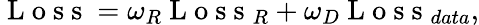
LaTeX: \mathrm{~L~o~s~s~}=\omega_{R}\mathrm{~L~o~s~s~}_{R}+\omega_{D}\mathrm{~L~o~s~s~}_{data},